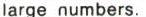
large numbers.